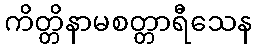
ကိတ္တိနာမစတ္တာရီသေန